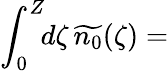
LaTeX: \int_{0}^{Z}\! \! d\zeta\, \widetilde{n_{0}}(\zeta)=